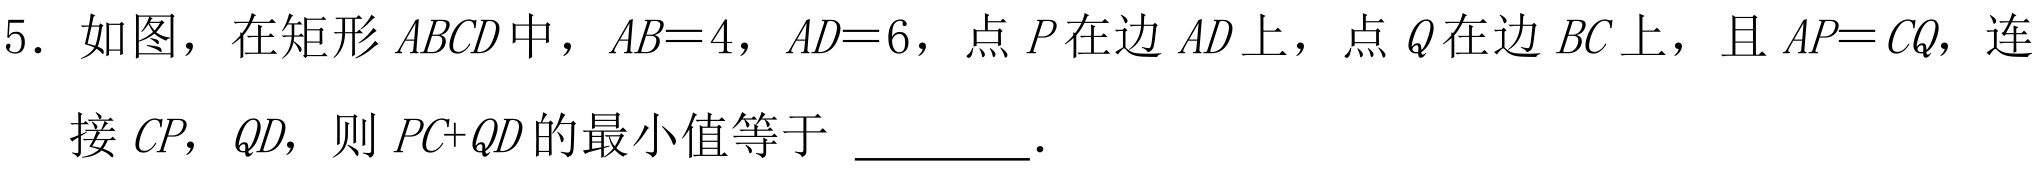
5. 如图，在矩形\(ABCD\)中，\(AB = 4\)，\(AD = 6\)，点\(P\)在边\(AD\)上，点\(Q\)在边\(BC\)上，且\(AP = CQ\)，连接\(CP\)，\(QD\)，则 \(PC + QD\)的最小值等于 \_\_\_\_\_。